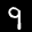
Label: 9